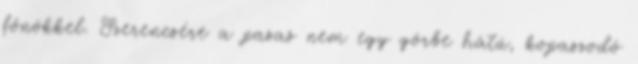
főnökkel. Szerencsére a pasas nem egy görbe hátú, kopaszodó